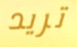
تريد